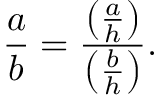
{ \frac { a } { b } } = { \frac { \left( { \frac { a } { h } } \right) } { \left( { \frac { b } { h } } \right) } } .